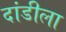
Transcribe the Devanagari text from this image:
दांडीला